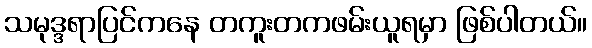
သမုဒ္ဒရာပြင်ကနေ တကူးတကဖမ်းယူရမှာ ဖြစ်ပါတယ်။